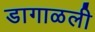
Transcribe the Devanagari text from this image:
डागाळली